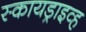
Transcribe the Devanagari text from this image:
स्कायड्राइव्ह